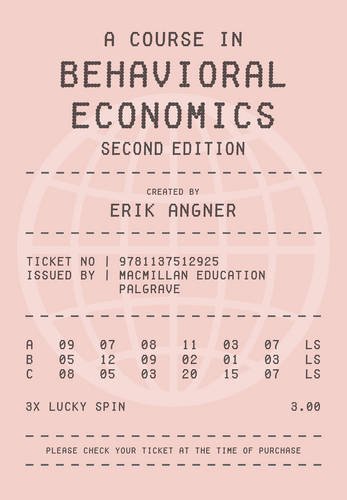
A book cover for A Course in Behavioral Economics 2e; Erik Angner; Business & Money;